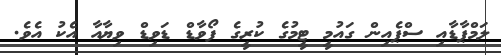
ލަމްޕާޑާއި ސްޕެއިން ގައުމީ ޓީމުގެ ކުރީގެ ފޯވާޑް ޑަވިޑް ވިޔާއާ އެކު އެވެ.